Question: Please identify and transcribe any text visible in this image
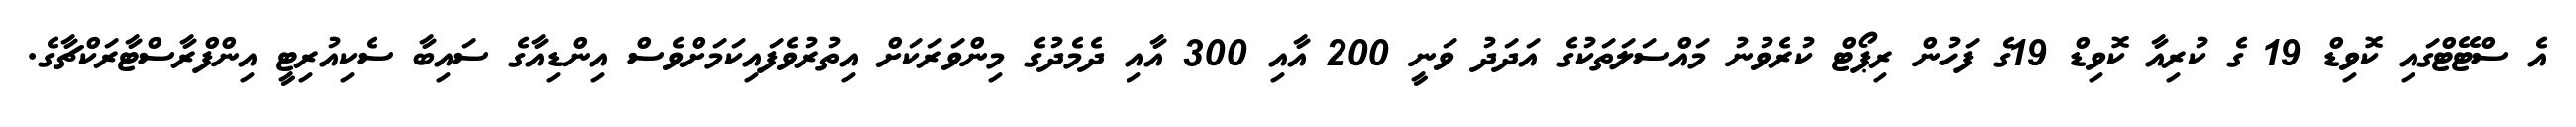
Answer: އެ ސްޓޭޓްގައި ކޮވިޑް 19 ގެ ކުރިއާ ކޮވިޑް 19ގެ ފަހުން ރިޕޯޓް ކުރެވުނު މައްސަލަތަކުގެ އަދަދު ވަނީ 200 އާއި 300 އާއި ދެމެދުގެ މިންވަރަކަށް އިތުރުވެފައިކަމަށްވެސް އިންޑިއާގެ ސައިބާ ސެކިއުރިޓީ އިންފްރާސްޓާރަކްޗާގެ.